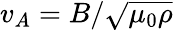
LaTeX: v_{A}=B/\sqrt{\mu_{0}\rho}